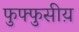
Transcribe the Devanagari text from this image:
फुफ्फुसीय़